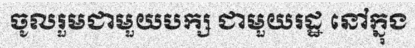
ចូលរួមជាមួយបក្ស ជាមួយរដ្ឋ នៅក្នុង